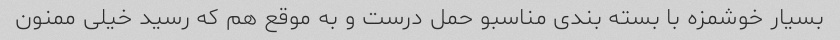
بسیار خوشمزه با بسته بندی مناسبو حمل درست و به موقع هم که رسید خیلی ممنون